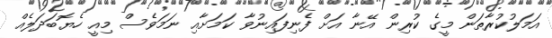
އަމަލުކުރާތަން މީގެ ކުރިން އޭނާ އަށް ފެނިފައިނުވާ ކަމަށާއި ނަމަވެސް މިއީ ހެޔޮބަދަލެއް